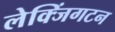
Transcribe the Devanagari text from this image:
लेक्जिंगटन